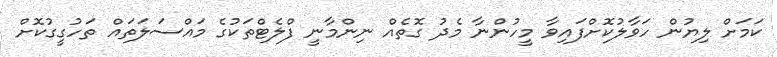
ކަމަށް ލިޔުން ހަވާލުކޮށްފައިވާ މީހުންނާ މެދު ގޮތެއް ނިންމާނީ ފްލެޓްތަކުގެ މައްސަލަތައް ތަހުގީގުކޮށް